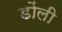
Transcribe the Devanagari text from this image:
डोंली